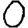
Digit: 0